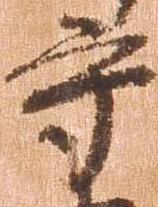
守